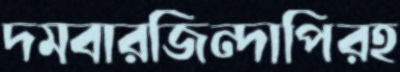
দমবারজিন্দাপিরহ